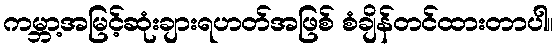
ကမ္ဘာ့အမြင့်ဆုံးချားရဟတ်အဖြစ် စံချိန်တင်ထားတာပါ။